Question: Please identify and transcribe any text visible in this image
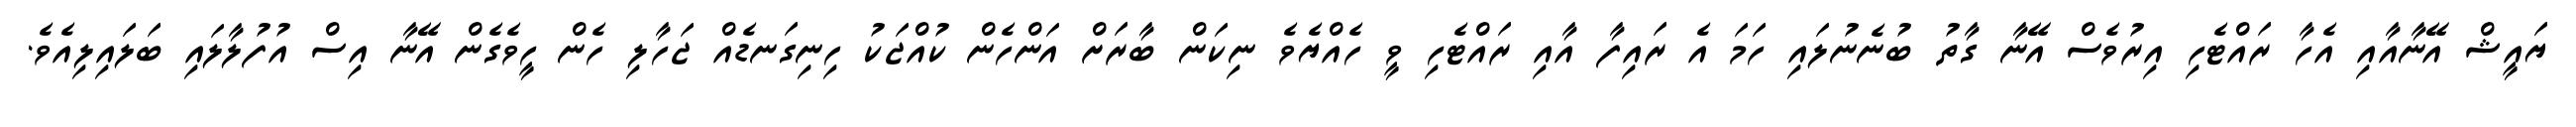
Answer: ޔައީޝް އޭނާއާއި އެހާ ރައްޓެހި އިރުވެސް އޭނާ ގާތު ބުނެނުލައި ހަމަ އެ ރައިފާ އާއި ރައްޓެހި ވީ ހެއްޔެވެ ނިކަން ބާރަށް އަންހެން ކުއްޖަކު ހިނިގަނޑެއް ޖަހާލި ހެން ހީވެގެން އޭނާ އިސް އުފުލާލައި ބަލައިލިއެވެ.